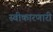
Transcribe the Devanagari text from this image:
स्वीकारणारी